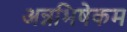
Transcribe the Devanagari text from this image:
अन्नभिषेकम